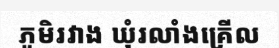
ភូមិរវាង ឃុំរលាំងគ្រើល